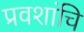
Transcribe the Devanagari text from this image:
प्रवशांचि